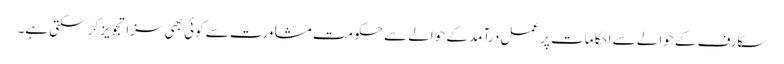
سکارف کے حوالے سے احکامات پر عمل درآمد کے حوالے سے حکومت مشاورت سے کوئی بھی سزا تجویز کر سکتی ہے۔